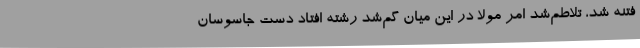
فتنه شد، تلاطم‌شد امر مولا در این میان گم‌شد رشته افتاد دست جاسوسان